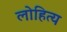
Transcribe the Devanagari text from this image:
लोहित्य